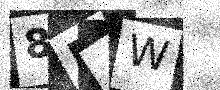
Text: 8E4W